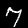
Digit: 7